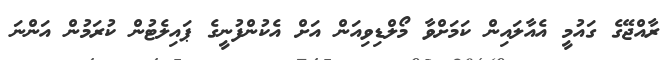
ރާއްޖޭގެ ގައުމީ އެއާލައިން ކަމަށްވާ މޯލްޑިވިއަން އަށް އެކުންފުނީގެ ޕައިލެޓުން ކުރަމުން އަންނަ